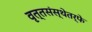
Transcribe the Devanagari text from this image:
वृत्तसंस्थेतर्फे